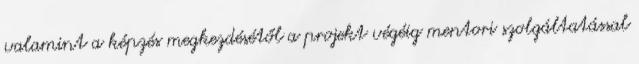
valamint a képzés megkezdésétől a projekt végéig mentori szolgáltatással